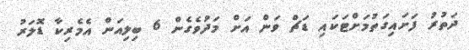
ދަތުރު ފަށައިގަތުމަށްޓަކައި ޑަޗް ވަން އަށް މަދުވެގެން 6 ބިލިއަން އެމެރިކާ ޑޮލަރު